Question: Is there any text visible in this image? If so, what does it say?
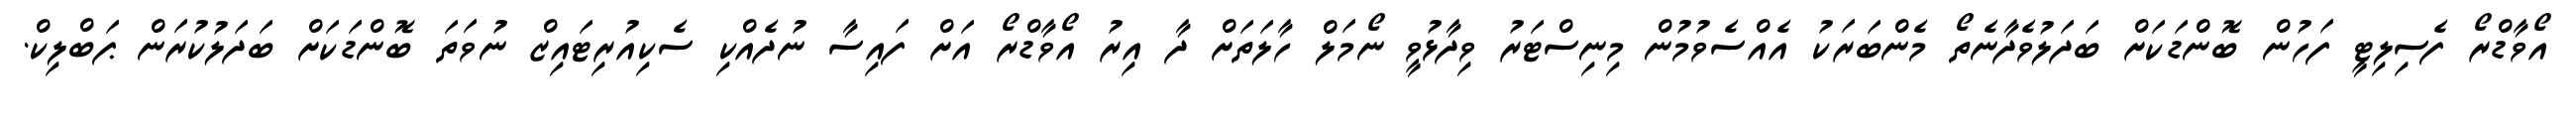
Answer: އޯވާޑްރޯ ފެސިލިޓީ ފަހުން ބޮންޑަކަށް ބަދަލުވެދާނެތޯ މެންބަރަކު އެއްސެވުމުން މިނިސްޓަރު ވިދާޅުވީ ނޯމަލް ހާލަތަށް ދާ އިރު އޯވާޑްރޯ އަށް ފައިސާ ނުދެއްކި ސެކިއުރިޓައިޒް ނުވަތަ ބޮންޑަކަށް ބަދަލުކުރަން ޕަބްލިކް.